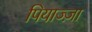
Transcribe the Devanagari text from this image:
पियाज्ज़ा